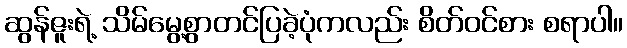
ဆွန်ဇူးရဲ့ သိမ်မွေ့စွာတင်ပြခဲ့ပုံကလည်း စိတ်ဝင်စား စရာပါ။